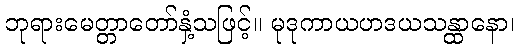
ဘုရားမေတ္တာတော်နှံ့သဖြင့်။ မုဒုကာယဟဒယသန္ထာနော၊